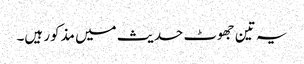
یہ تین جھوٹ حدیث میں مذکور ہیں۔